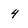
Character: 4